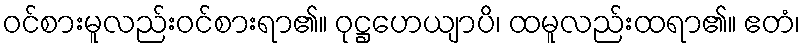
ဝင်စားမူလည်းဝင်စားရာ၏။ ဝုဋ္ဌဟေယျာပိ၊ ထမူလည်းထရာ၏။ ဧတံ၊